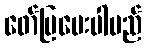
ဖော်ပြပေးပါမည်